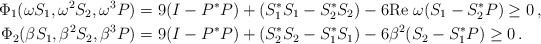
LaTeX: \begin{align*}\Phi_1(\omega S_1,\omega^2 S_2,\omega^3P)&=9(I-P^*P)+(S_1^*S_1-S_2^*S_2)-6\text{Re }\omega(S_1-S_2^*P)\geq 0 \,,\\\Phi_2(\beta S_1,\beta^2 S_2, \beta^3P)&=9(I-P^*P)+(S_2^*S_2-S_1^*S_1)-6\beta^2(S_2-S_1^*P)\geq 0 \,.\end{align*}